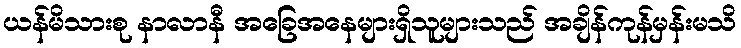
ယန်မိသားစု နာလာနီ အခြေအနေများရှိသူများသည် အချိန်ကုန်မှန်းမသိ